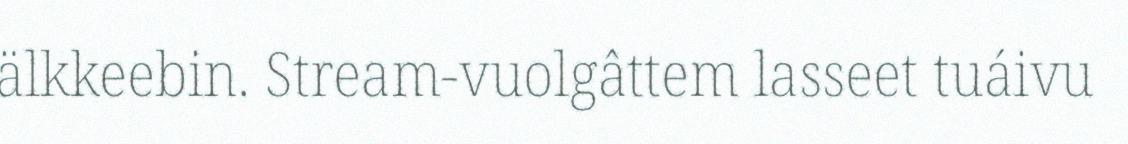
älkkeebin. Stream-vuolgâttem lasseet tuáivu